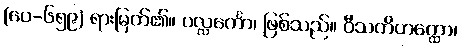
(ပေ-၆၅၉) ရားမြတ်၏။ ပလ္လင်္ကော၊ ဖြစ်သည်။ ဝီသတိဟတ္ထော၊